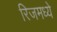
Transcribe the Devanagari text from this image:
रिजमध्ये